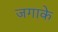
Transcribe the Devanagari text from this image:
जगाके